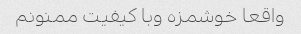
واقعا خوشمزه وبا کیفیت ممنونم